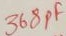
Text: 368pF